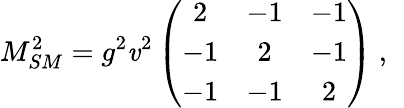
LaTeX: M_{SM}^{2}=g^{2}\mathit{v}^{2}\left(\begin{array}{ccc}{{2}}&{{-1}}&{{-1}}\\ {{-1}}&{{2}}&{{-1}}\\ {{-1}}&{{-1}}&{{2}}\end{array}\right)~,~\,